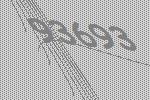
93693